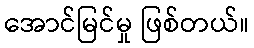
အောင်မြင်မှု ဖြစ်တယ်။